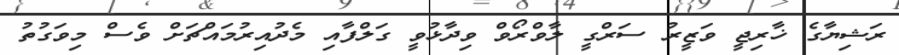
ރަޝިޔާގެ ޚާރިޖީ ވަޒީރު ސަރްގީ ލާވްރޯވް ވިދާޅުވީ ގަލްފާއި މެދުއިރުމައްޗަށް ވެސް މިވަގުތު